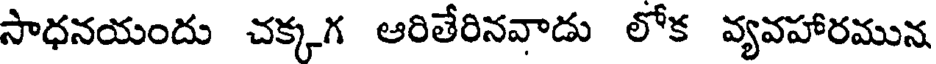
సాధనయందు చక్కగ ఆరితేరినవాడు లోక వ్యవహారమున